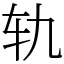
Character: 轨